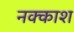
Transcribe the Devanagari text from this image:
नक्‍काश